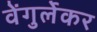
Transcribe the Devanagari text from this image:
वेंगुर्लेकर